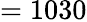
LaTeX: =1030